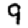
Digit: 9